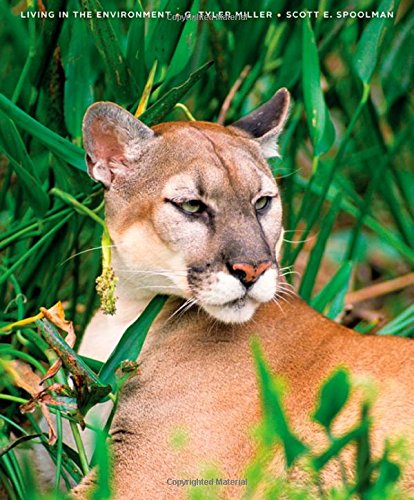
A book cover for Living in the Environment: Principles, Connections, and Solutions; G. Tyler Miller; Science & Math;